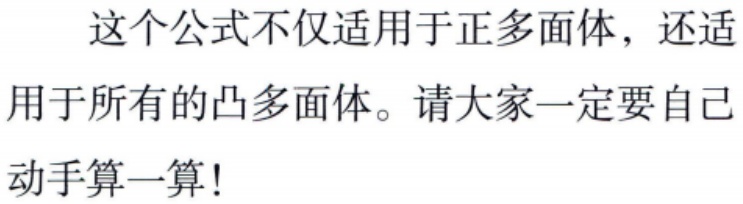
这个公式不仅适用于正多面体，还适用于所有的凸多面体。请大家一定要自己动手算一算!